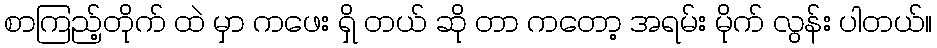
စာကြည့်တိုက် ထဲ မှာ ကဖေး ရှိ တယ် ဆို တာ ကတော့ အရမ်း မိုက် လွန်း ပါတယ်။